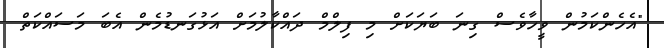
"އެހެންކަމުން ވީހާވެސް ގިނަ ބަޔަކަށް މި ފިލްމް ދައްކާލުމަށް އަޅުގަނޑުމެން އެބަ މަސައްކަތް